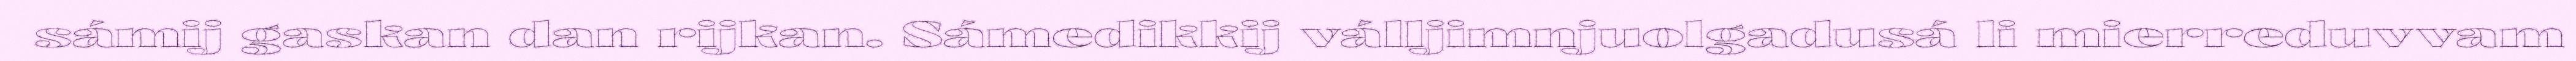
sámij gaskan dan rijkan. Sámedikkij válljimnjuolgadusá li mierreduvvam